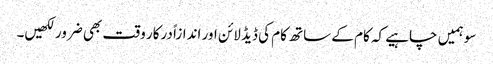
سو ہمیں چاہیے کہ کام کے ساتھ کام کی ڈیڈ لائن اور اندازاً درکار وقت بھی ضرور لکھیں۔